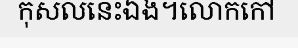
កុសលនេះឯង។លោកកៅ